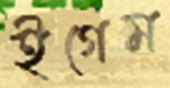
ইগেম